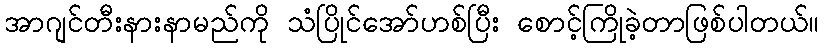
အာဂျင်တီးနားနာမည်ကို သံပြိုင်အော်ဟစ်ပြီး စောင့်ကြိုခဲ့တာဖြစ်ပါတယ်။